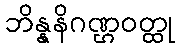
ဘိန္နနိဂဏ္ဌဝတ္ထု